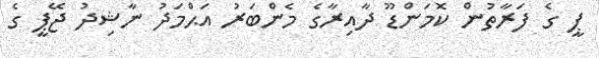
ޕީ ގެ ފަރާތުން ކޮމަންޑޫ ދާއިރާގެ މެންބަރު އަޙްމަދު ނާޝިދު ޖޭޕީ ގެ